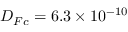
D _ { F c } = 6 . 3 \times 1 0 ^ { - 1 0 }